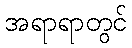
အရာရာတွင်